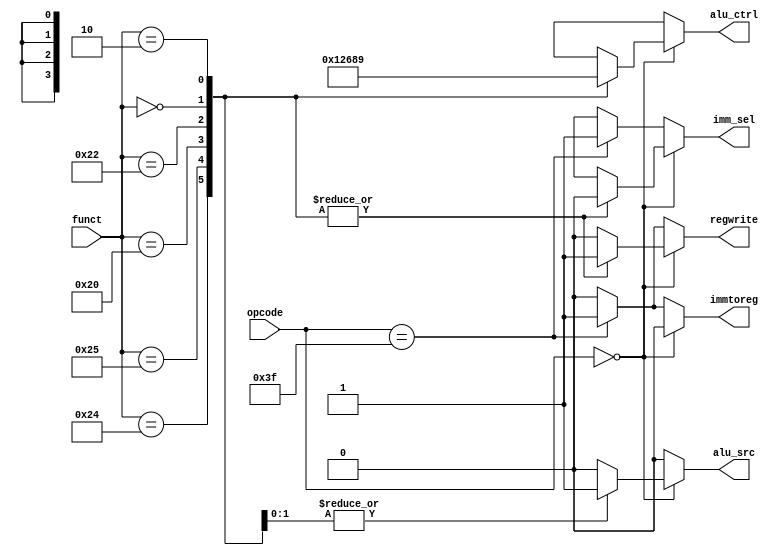
`timescale 1ns / 1ps
//////////////////////////////////////////////////////////////////////////////////
// Company: 
// Engineer: 
// 
// Design Name: 
// Module Name:    control_unit 
// Project Name: 
// Target Devices: 
// Tool versions: 
// Description: 
//
// Dependencies: 
//
// Revision: 
// Revision 0.01 - File Created
// Additional Comments: 
//
//////////////////////////////////////////////////////////////////////////////////
module control_unit(
	input wire [5:0] opcode,
	input wire [5:0] funct,
	output reg imm_sel,
	output reg alu_src,
	output reg immtoreg,
	output reg regwrite,
	output reg [3:0] alu_ctrl
    );
	localparam [5:0] AND = 6'b100100;
	localparam [5:0] OR = 6'b100101;
	localparam [5:0] ADD = 6'b100000;
	localparam [5:0] SUB = 6'b100010;
	localparam [5:0] SLL = 6'b000000;
	localparam [5:0] SRL = 6'b000010;
	localparam [3:0] AND_ctrl = 4'b0000, OR_ctrl = 4'b0001, ADD_ctrl = 4'b0010, SUB_ctrl = 4'b0110, SLL_ctrl = 4'b1000, SRL_ctrl = 4'b1001;
	always@(*)
		begin
		if(opcode == 6'b000000)
		begin
			case(funct)
				AND:
					 begin
					 imm_sel = 1'b0;
					 alu_src = 1'b0;
					 immtoreg = 1'b0;
					 regwrite = 1'b1;
					 alu_ctrl = AND_ctrl;
					 end
				OR:
					 begin
					 imm_sel = 1'b0;
					 alu_src = 1'b0;
					 immtoreg = 1'b0;
					 regwrite = 1'b1;
					 alu_ctrl = OR_ctrl;
					 end
				ADD:
					 begin
					 imm_sel = 1'b0;
					 alu_src = 1'b0;
					 immtoreg = 1'b0;
					 regwrite = 1'b1;
					 alu_ctrl = ADD_ctrl;
					 end
				SUB:
					 begin
					 imm_sel = 1'b0;
					 alu_src = 1'b0;
					 immtoreg = 1'b0;
					 regwrite = 1'b1;
					 alu_ctrl = SUB_ctrl;
					 end
				SLL:
					 begin
					 imm_sel = 1'b0;
					 alu_src = 1'b1;
					 immtoreg = 1'b0;
					 regwrite = 1'b1;
					 alu_ctrl = SLL_ctrl;					 
					 end
				SRL:
					 begin
					 imm_sel = 1'b0;
					 alu_src = 1'b1;
					 immtoreg = 1'b0;
					 regwrite = 1'b1;
					 alu_ctrl = SRL_ctrl;
					 end
				default:
					 begin
					 imm_sel = 1'bx;
					 alu_src = 1'b0;
					 immtoreg = 1'b0;
					 regwrite = 1'b0;
					 alu_ctrl = 4'bx;
					 end
			endcase
		end
		else if(opcode == 6'b111111)
		begin
			imm_sel = 1'b1;
			alu_src = 1'b0;
			immtoreg = 1'b1;
			regwrite = 1'b1;
			alu_ctrl = 4'bx;
		end
		else
		begin
			imm_sel = 1'bx;
			alu_src = 1'b0;
			immtoreg = 1'b0;
			regwrite = 1'b0;
			alu_ctrl = 4'bx;
		end
		end
endmodule